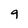
Character: g